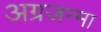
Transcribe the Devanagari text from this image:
अग्रजन्मा